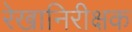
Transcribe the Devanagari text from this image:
रेखानिरीक्षक